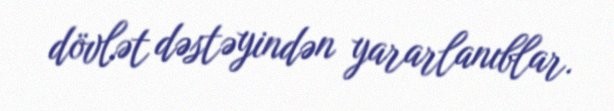
dövlət dəstəyindən yararlanıblar.